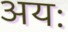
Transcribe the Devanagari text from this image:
अयः